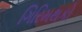
ગિરિમથકો